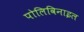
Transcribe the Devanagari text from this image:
पोलिविनाइल